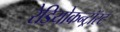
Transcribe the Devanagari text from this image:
रेडियोकन्ट्रॉस्ट